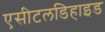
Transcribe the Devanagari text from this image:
एसीटलडिहाइड